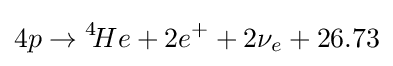
4p\to {}^{4}\!He+2e^{+}+2\nu _{e}+26.73